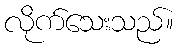
လိုက်သေးသည်။